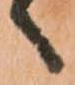
へ